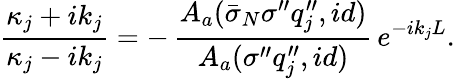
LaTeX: \frac{\kappa_{j}+ik_{j}}{\kappa_{j}-ik_{j}}=-\, \frac{A_{a}(\bar{\sigma}_{N}\sigma^{\prime\prime}q_{j}^{\prime\prime},id)}{A_{a}(\sigma^{\prime\prime}q_{j}^{\prime\prime},id)}\, e^{-ik_{j}L}.